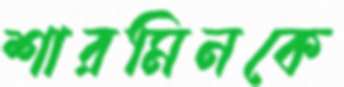
শারমিনকে